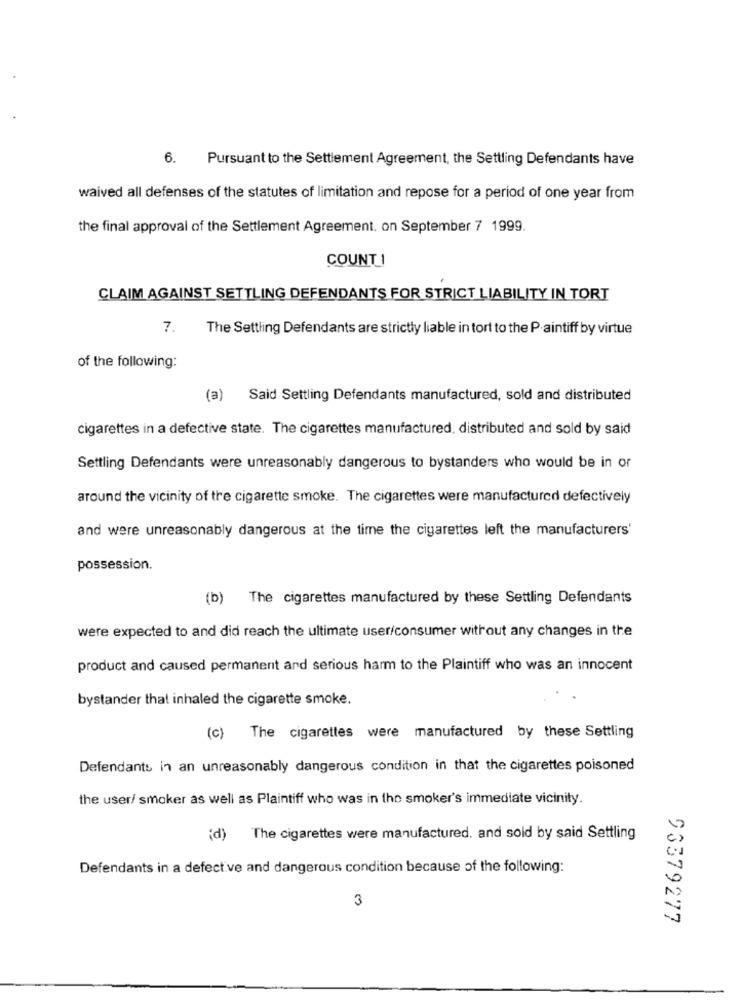
6.
Pursuant to the Settlement Agreement, the Settling Defendants have
waived all defenses of the statutes of limitation and repose for a period of one year from
the final approval of the Settlement Agreement. on September 7 1999.
COUNT !
CLAIM AGAINST SETTLING DEFENDANTS FOR STRICT LIABILITY IN TORT
7.
The Settling Defendants are strictly liable in tort to the Plaintiff by virtue
of the following:
(a)
Said Settling Defendants manufactured, sold and distributed
cigarettes in a defective state. The cigarettes manufactured, distributed and sold by said
Settling Defendants were unreasonably dangerous to bystanders who would be in or
around the vicinity of the cigarette smoke. The cigarettes were manufactured defectively
and were unreasonably dangerous at the time the cigarettes left the manufacturers'
possession.
(b) The cigarettes manufactured by these Settling Defendants
were expected to and did reach the ultimate user/consumer without any changes in the
product and caused permanent and serious harm to the Plaintiff who was an innocent
bystander that inhaled the cigarette smoke.
(c) The cigarettes were manufactured by these Settling
Defendants in an unreasonably dangerous condition in that the cigarettes poisoned
the user/ smoker as well as Plaintiff who was in the smoker's immediate vicinity.
(d)
The cigarettes were manufactured, and sold by said Settling
Defendants in a defective and dangerous condition because of the following:
3
93379277